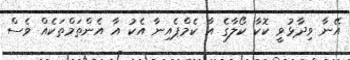
އޭނާ ވިދާޅުވީ ކޮކާ ކޯލާގެ އާ ކެމްޕެއިނާ އެކު އާ އެންތަމްތަކެއް ވެސް